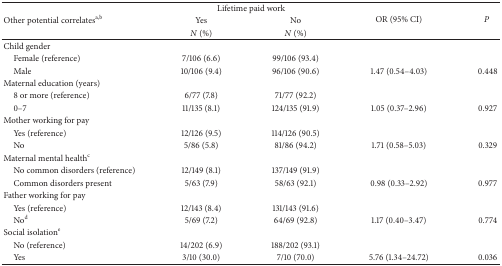
| <ROWSPAN=3> Other potential correlatesa,b | <COLSPAN=2> Lifetime paid work | <ROWSPAN=3> OR (95% CI) | <ROWSPAN=3> P |
 | Yes | No |
 | N (%) | N (%) |
 | --- | --- | --- | --- | --- |
 | Child gender |  |  |  |  |
 | Female (reference) | 7/106 (6.6) | 99/106 (93.4) |  |  |
 | Male | 10/106 (9.4) | 96/106 (90.6) | 1.47 (0.54–4.03) | 0.448 |
 | Maternal education (years) |  |  |  |  |
 | 8 or more (reference) | 6/77 (7.8) | 71/77 (92.2) |  |  |
 | 0–7 | 11/135 (8.1) | 124/135 (91.9) | 1.05 (0.37–2.96) | 0.927 |
 | Mother working for pay |  |  |  |  |
 | Yes (reference) | 12/126 (9.5) | 114/126 (90.5) |  |  |
 | No | 5/86 (5.8) | 81/86 (94.2) | 1.71 (0.58–5.03) | 0.329 |
 | Maternal mental healthc |  |  |  |  |
 | No common disorders (reference) | 12/149 (8.1) | 137/149 (91.9) |  |  |
 | Common disorders present | 5/63 (7.9) | 58/63 (92.1) | 0.98 (0.33–2.92) | 0.977 |
 | Father working for pay |  |  |  |  |
 | Yes (reference) | 12/143 (8.4) | 131/143 (91.6) |  |  |
 | Nod | 5/69 (7.2) | 64/69 (92.8) | 1.17 (0.40–3.47) | 0.774 |
 | Social isolatione |  |  |  |  |
 | No (reference) | 14/202 (6.9) | 188/202 (93.1) |  |  |
 | Yes | 3/10 (30.0) | 7/10 (70.0) | 5.76 (1.34–24.72) | 0.036 |